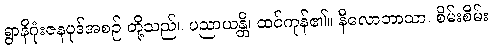
ရွာနိဂုံးဇနပုဒ်အစဉ် တို့သည်။ ပညာယန္တိ၊ ထင်ကုန်၏။ နီလောဘာသာ၊ စိမ်းစိမ်း